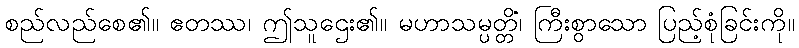
စည်လည်စေ၏။ ဧတဿ၊ ဤသူဌေး၏။ မဟာသမ္ပတ္တိံ၊ ကြီးစွာသော ပြည့်စုံခြင်းကို။